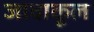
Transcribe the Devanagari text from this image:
जावाकूल